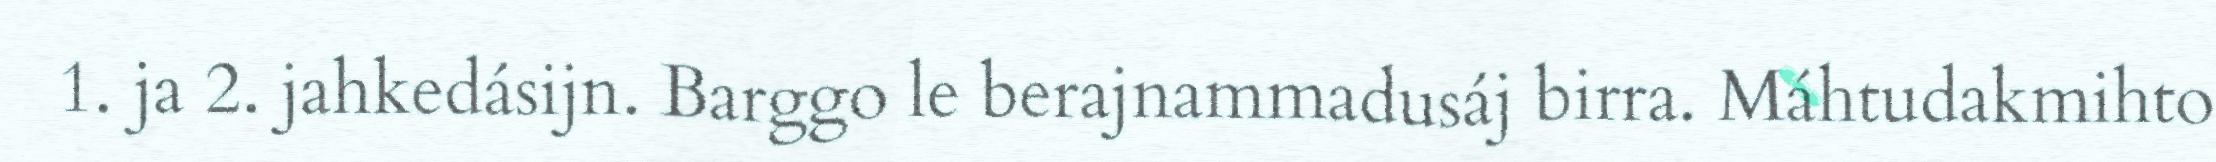
1. ja 2. jahkedásijn. Barggo le berajnammadusáj birra. Máhtudakmihto